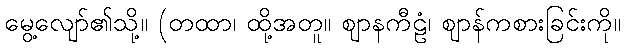
မွေ့လျော်၏သို့။ (တထာ၊ ထို့အတူ။ ဈာနကီဠံ၊ ဈာန်ကစားခြင်းကို။